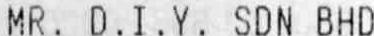
MR. D.I.Y. SDN BHD